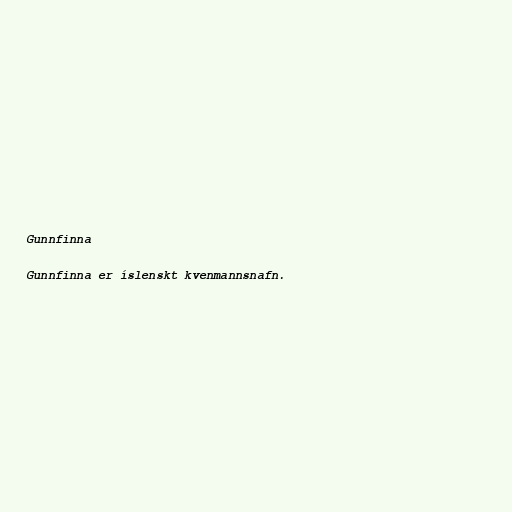
Gunnfinna

Gunnfinna er íslenskt kvenmannsnafn.